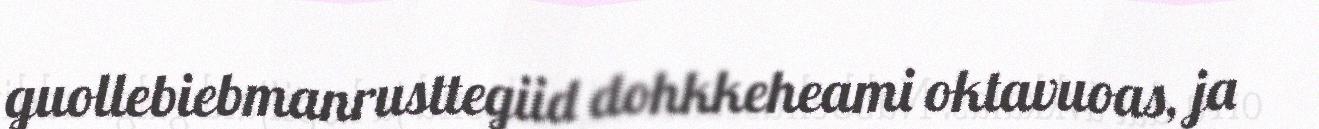
guollebiebmanrusttegiid dohkkeheami oktavuoas, ja